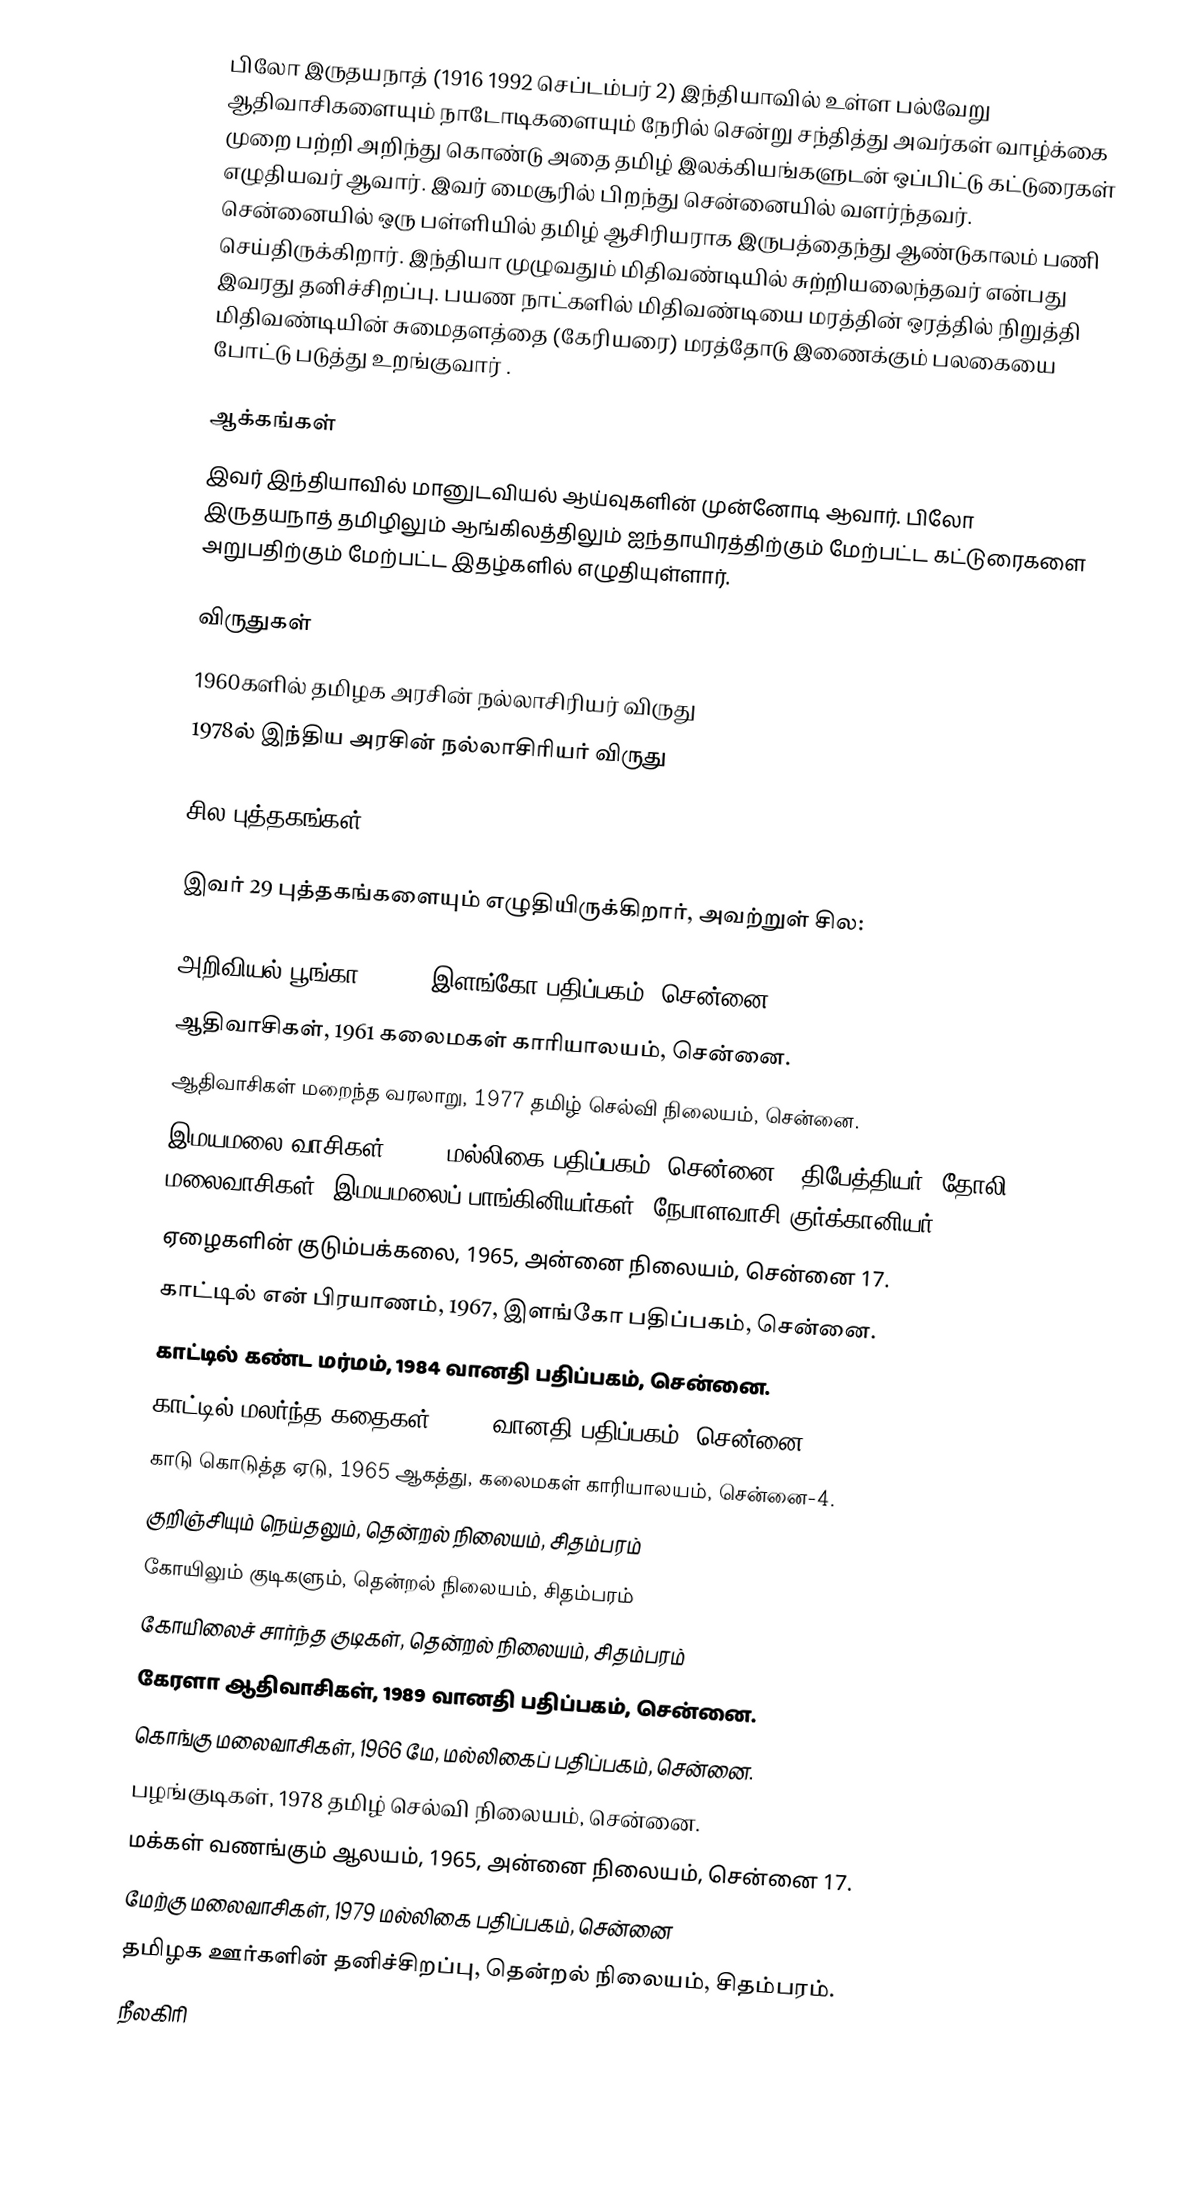
பிலோ இருதயநாத் (1916  1992 செப்டம்பர் 2) இந்தியாவில் உள்ள பல்வேறு ஆதிவாசிகளையும் நாடோடிகளையும் நேரில் சென்று சந்தித்து அவர்கள் வாழ்க்கை முறை பற்றி அறிந்து கொண்டு அதை தமிழ் இலக்கியங்களுடன் ஒப்பிட்டு கட்டுரைகள் எழுதியவர் ஆவார்.  இவர் மைசூரில் பிறந்து சென்னையில் வளர்ந்தவர். சென்னையில் ஒரு பள்ளியில் தமிழ் ஆசிரியராக இருபத்தைந்து ஆண்டுகாலம் பணி செய்திருக்கிறார். இந்தியா முழுவதும் மிதிவண்டியில் சுற்றியலைந்தவர் என்பது இவரது தனிச்சிறப்பு. பயண நாட்களில் மிதிவண்டியை மரத்தின் ஒரத்தில் நிறுத்தி மிதிவண்டியின் சுமைதளத்தை (கேரியரை) மரத்தோடு இணைக்கும் பலகையை போட்டு படுத்து உறங்குவார் .

ஆக்கங்கள்
இவர் இந்தியாவில் மானுடவியல் ஆய்வுகளின் முன்னோடி ஆவார். பிலோ இருதயநாத் தமிழிலும் ஆங்கிலத்திலும்  ஐந்தாயிரத்திற்கும் மேற்பட்ட கட்டுரைகளை அறுபதிற்கும் மேற்பட்ட இதழ்களில்  எழுதியுள்ளார்.

விருதுகள்
 1960களில் தமிழக அரசின் நல்லாசிரியர் விருது
 1978ல் இந்திய அரசின் நல்லாசிரியர் விருது

சில புத்தகங்கள்

இவர்  29 புத்தகங்களையும் எழுதியிருக்கிறார், அவற்றுள் சில:

 அறிவியல் பூங்கா, 1967, இளங்கோ பதிப்பகம், சென்னை.
 ஆதிவாசிகள், 1961 கலைமகள் காரியாலயம், சென்னை.
 ஆதிவாசிகள் மறைந்த வரலாறு, 1977 தமிழ் செல்வி நிலையம், சென்னை.
 இமயமலை வாசிகள், 1967 மல்லிகை பதிப்பகம், சென்னை. (திபேத்தியர், தோலி மலைவாசிகள், இமயமலைப் பாங்கினியர்கள், நேபாளவாசி குர்க்கானியர்)
 ஏழைகளின் குடும்பக்கலை, 1965, அன்னை நிலையம், சென்னை 17.
 காட்டில் என் பிரயாணம், 1967, இளங்கோ பதிப்பகம், சென்னை.
 காட்டில் கண்ட மர்மம், 1984 வானதி பதிப்பகம், சென்னை.
 காட்டில் மலர்ந்த கதைகள், 1984 வானதி பதிப்பகம், சென்னை.
 காடு கொடுத்த ஏடு, 1965 ஆகத்து, கலைமகள் காரியாலயம், சென்னை-4.
 குறிஞ்சியும் நெய்தலும், தென்றல் நிலையம், சிதம்பரம்
 கோயிலும் குடிகளும், தென்றல் நிலையம், சிதம்பரம்
 கோயிலைச் சார்ந்த குடிகள், தென்றல் நிலையம், சிதம்பரம்
 கேரளா ஆதிவாசிகள், 1989 வானதி பதிப்பகம், சென்னை.
 கொங்கு மலைவாசிகள், 1966 மே, மல்லிகைப் பதிப்பகம், சென்னை.
 பழங்குடிகள், 1978 தமிழ் செல்வி நிலையம், சென்னை.
 மக்கள் வணங்கும் ஆலயம், 1965, அன்னை நிலையம், சென்னை 17.
 மேற்கு மலைவாசிகள், 1979 மல்லிகை பதிப்பகம், சென்னை
 தமிழக ஊர்களின் தனிச்சிறப்பு, தென்றல் நிலையம், சிதம்பரம்.
 நீலகிரி